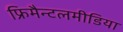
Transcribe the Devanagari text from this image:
फ्रिमैन्टलमीडिया